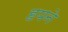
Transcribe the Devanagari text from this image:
हपने